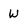
Character: W